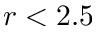
r < 2 . 5